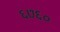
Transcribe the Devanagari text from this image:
६७६०